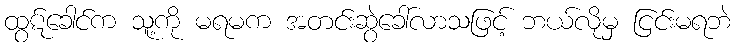
ထွဋ်ခေါင်က သူ့ကို မရမက အတင်းဆွဲခေါ်လာသဖြင့် ဘယ်လိုမှ ငြင်းမရဘဲ